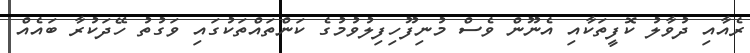
ރެއާއި ދުވާލު ކޮފީތަކާއި އެނޫން ވެސް މުނިފޫހިފިލުވުމުގެ ކަންތައްތަކުގައި ވަގުތު ހޭދަކުރާ ބައެއް